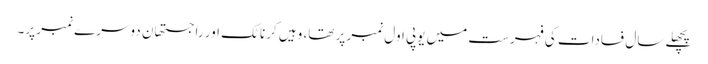
پچھلے سال فسادات کی فہرست میں یوپی اول نمبر پر تھا، وہیں کرناٹک اور راجستھان دوسرے نمبر پر۔